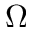
\boldsymbol { \Omega }